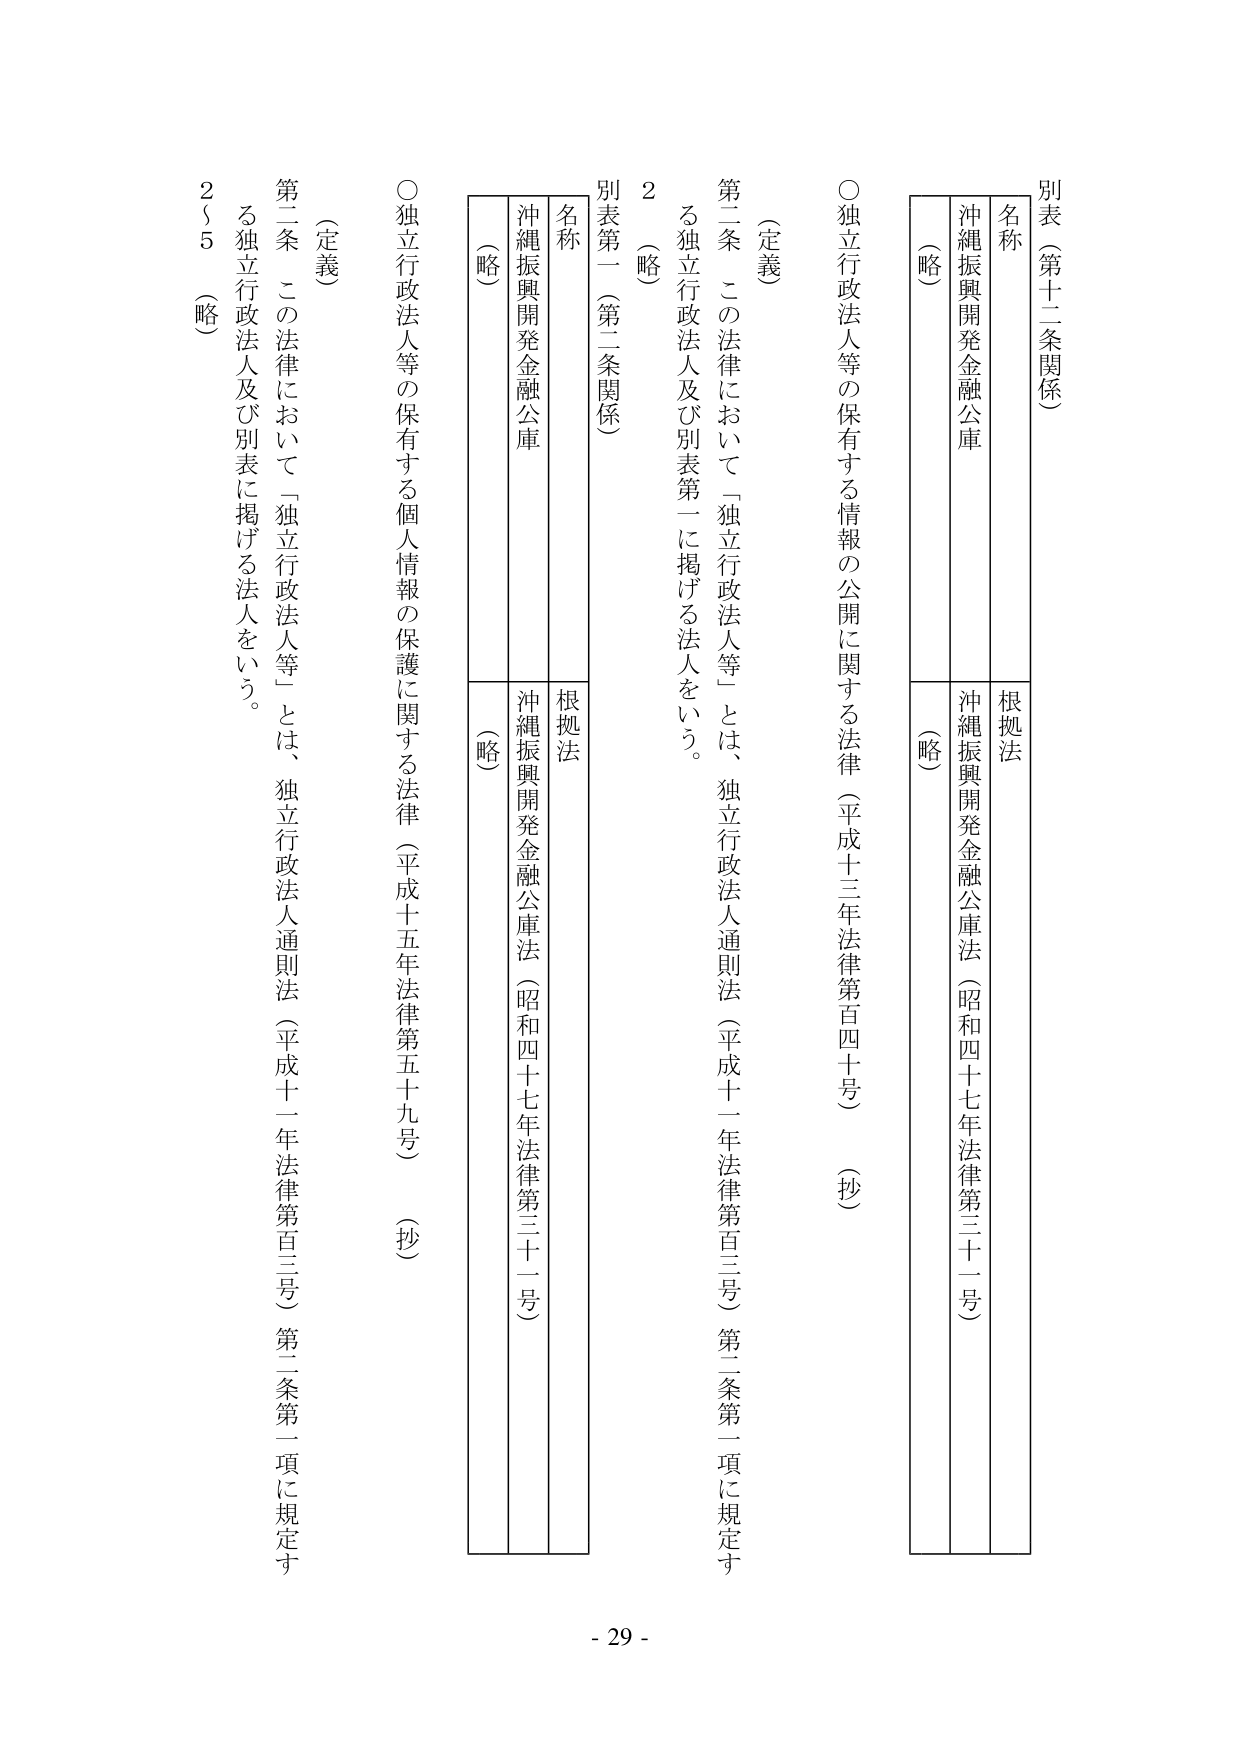
別表（第十二条関係）

名称